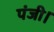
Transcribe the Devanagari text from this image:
पंजी।